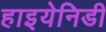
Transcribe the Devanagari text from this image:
हाइयेनिडी